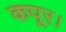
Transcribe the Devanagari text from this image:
कपूर।